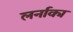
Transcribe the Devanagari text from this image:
लर्नाका